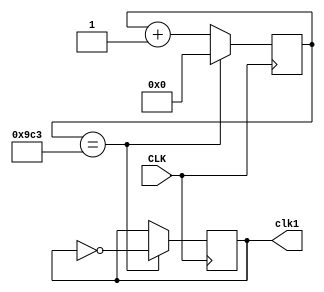
`timescale 1ns / 1ps
//////////////////////////////////////////////////////////////////////////////////
// Company: 
// Engineer: 
// 
// Design Name: 
// Module Name: clk_div
// Project Name: 
// Target Devices: 
// Tool Versions: 
// Description: 
// 
// Dependencies: 
// 
// Revision:
// Revision 0.01 - File Created
// Additional Comments:
// 
//////////////////////////////////////////////////////////////////////////////////


module clk_div(
    input CLK,
    output reg clk1
    );
    
    reg [12:0] counter;
    
    initial begin
        counter = 0;
    end
    
    always @ (posedge CLK) begin
        counter <= (counter == 2499 ? 0 : counter + 1);
        clk1 <= (counter == 2499 ? ~clk1 : clk1);
    end
endmodule